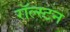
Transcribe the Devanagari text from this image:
रॉल्स्टन